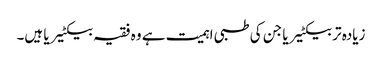
زیادہ تر بیکٹیریا جن کی طبی اہمیت ہے وہ فقیہ بیکٹیریا ہیں۔